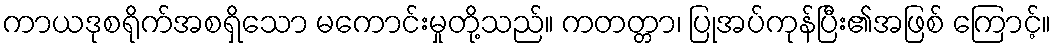
ကာယဒုစရိုက်အစရှိသော မကောင်းမှုတို့သည်။ ကတတ္တာ၊ ပြုအပ်ကုန်ပြီး၏အဖြစ် ကြောင့်။